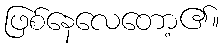
ဖြစ်နေလေတော့၏။